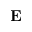
\mathbf { E }